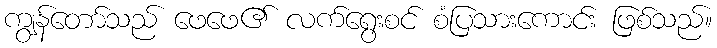
ကျွန်တော်သည် ဖေဖေ၏ လက်ရွေးစင် စံပြသားကောင်း ဖြစ်သည်။